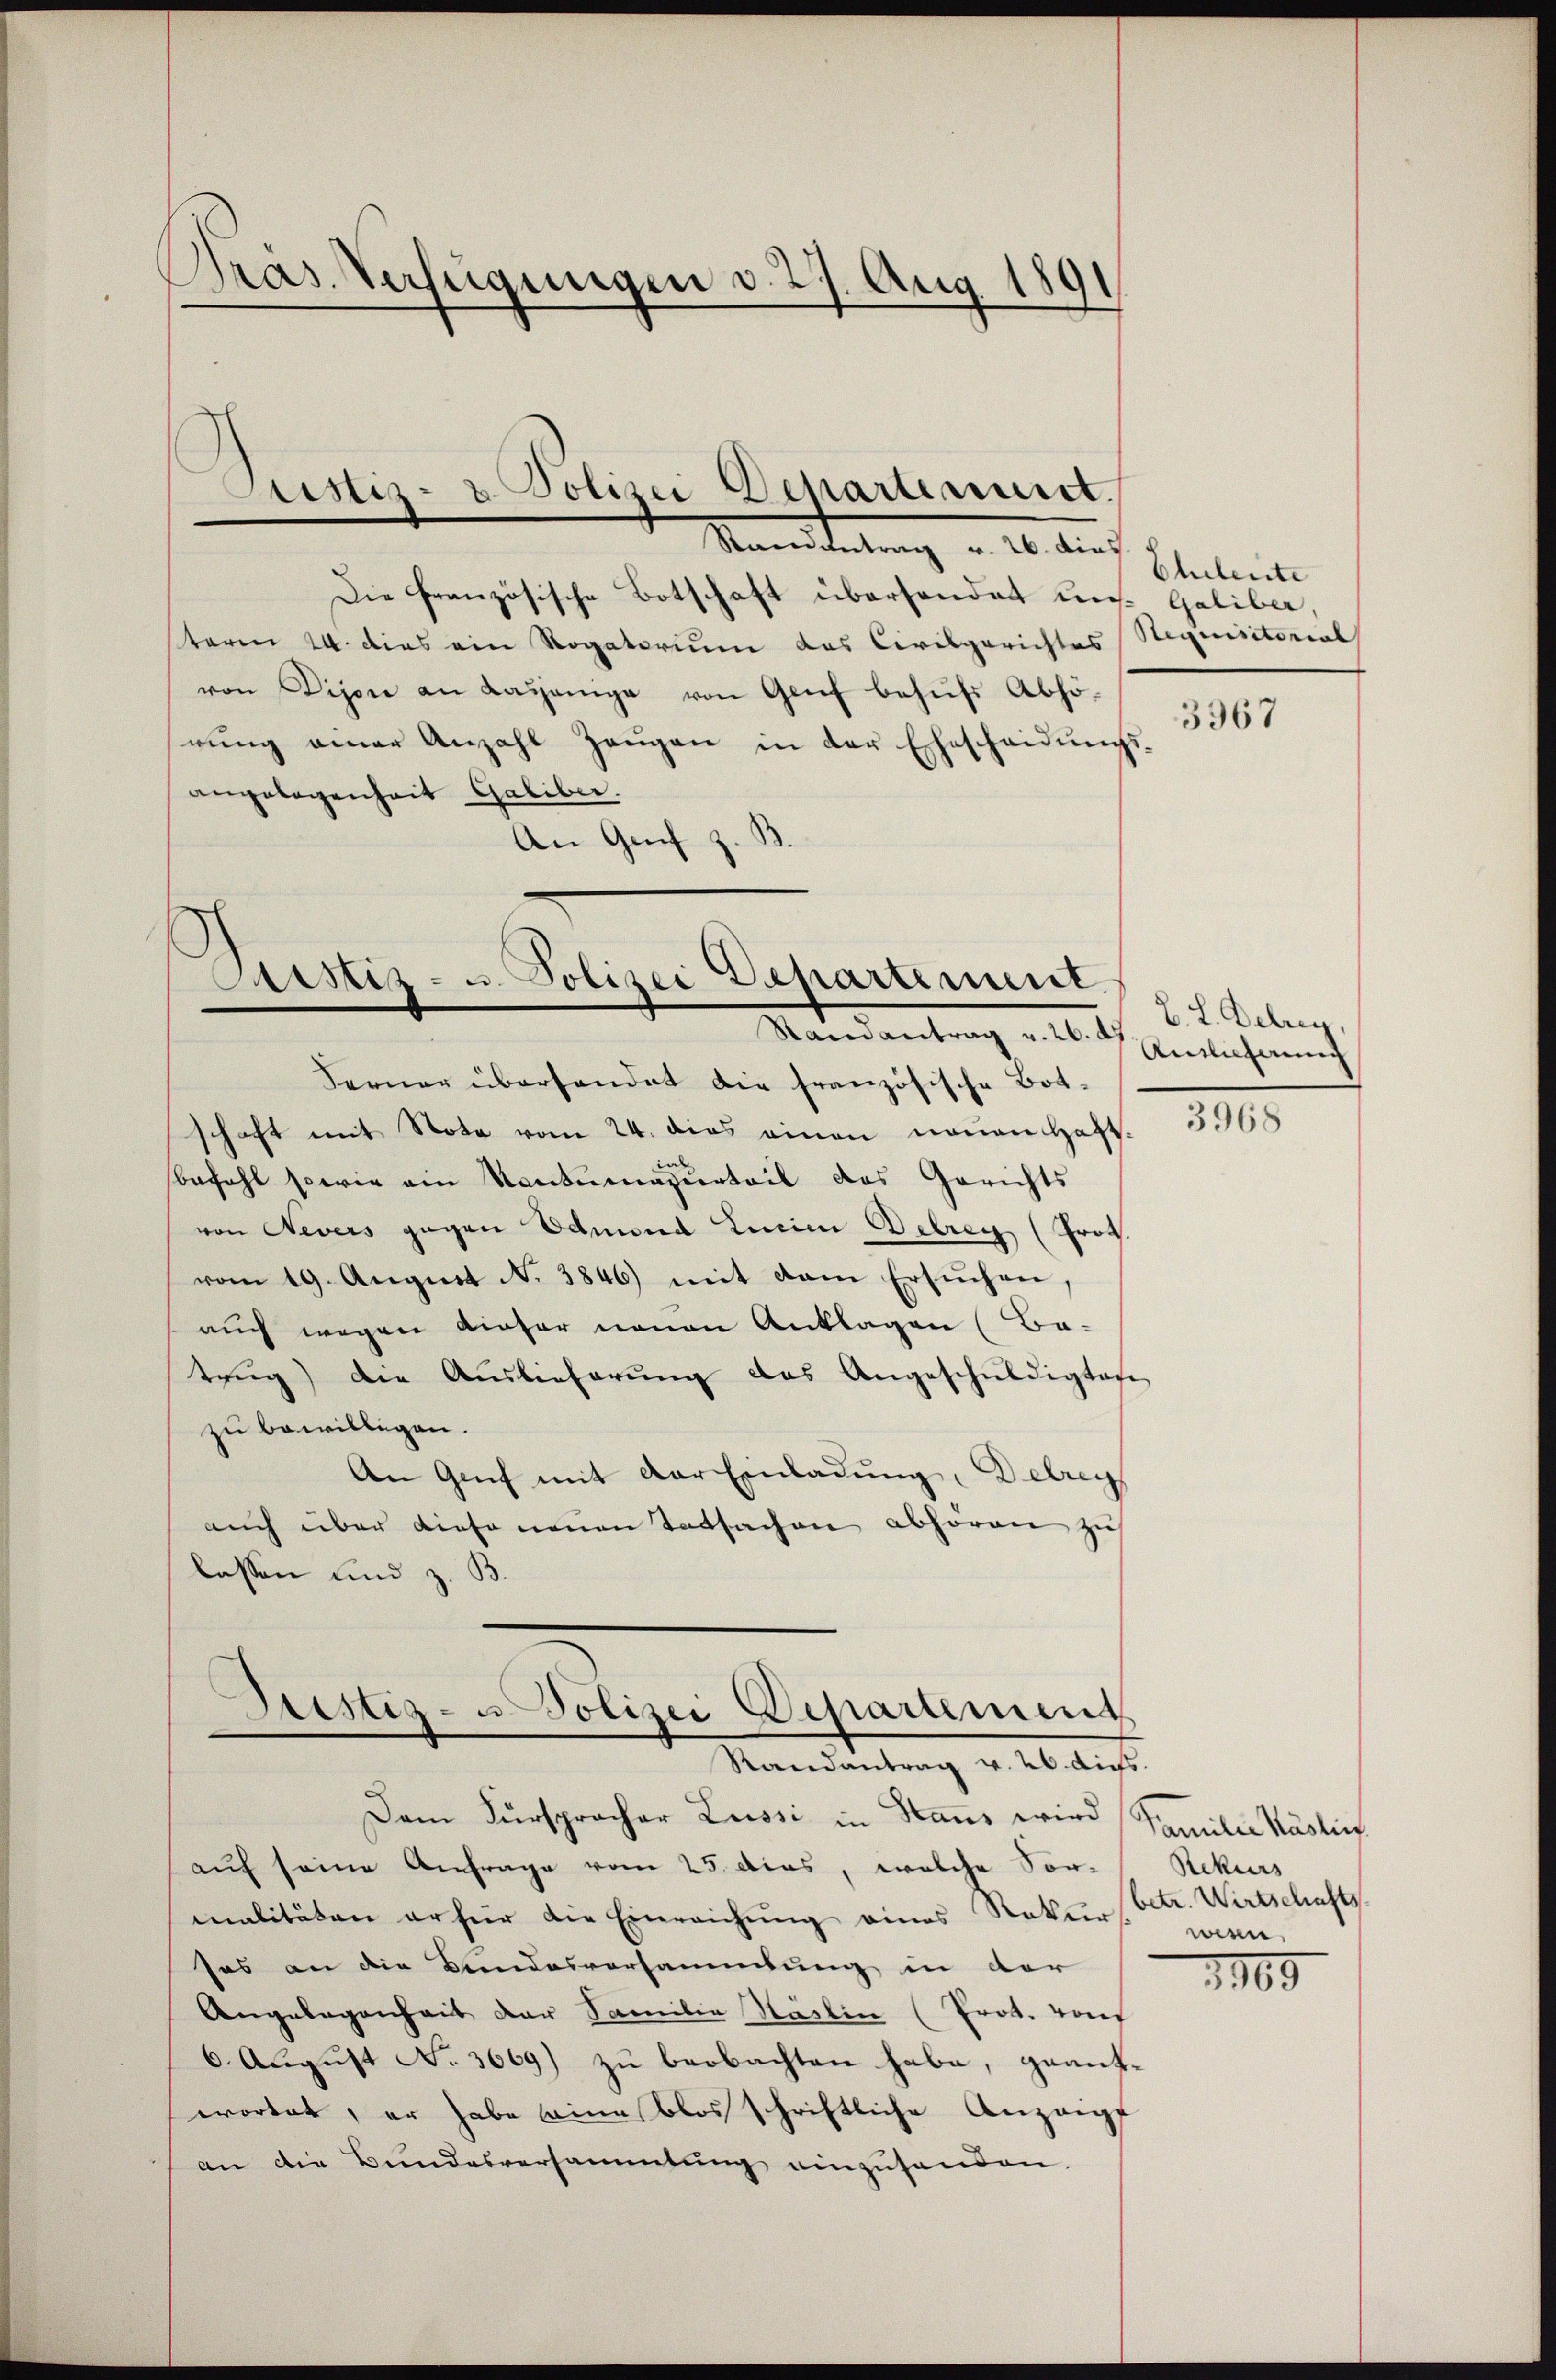
Pras Verfügungen d. 27. Aug. 1891

Die französische Botschaft überhandet un
term 24. dies ein Rogatorium das Civilgerichtes Stequisitorial
von Dijor an Lasjenige von Genf behufs Abhörŭng einer Anzahl Zeŭgen in der Ehescheidŭngs-
angelegenheit Galiber.
An Genf z. B.

Astiz- u. Polizei Departement.
Ramantrag u. 26. Auslieferung

Ferner überhandet die französische Bot-
schaft mit Note vom 24. dies einen neuen Haft-
befahl sowie ein Nantumazurteil das Gerichts
von Nevers gegen Edmund Linie Delreg (Prot.
vom 19. August N. 3846) mit dem Ersuchen,
auch wegen dieser neuen Anklagen (Ba-
trŭg) die Auslieferŭng das Angeschŭldigten
zu bewilligen.
An Genf mit der Einladung, Delreg
auch über diese neuen Tatsachen abhören zu
lassen und z. B.

tistiz- & Polizei Departement.
Standteilung u. 10. Auch

Sistiz- u. Polizei Departement
Randantrag v. 26. dies

Dem Fürsprocher Lussi in Haus wird Familie Käslin
auf seine Anfrage vom 25. dies, welche Sor-
malitäten er für die Einreichŭng eines Natur betr. Wirtschafts
sas an die Kundesversammlung in der
Angelegenheit der Familie Säslin (Prot. von
6. August No. 3669) zu beobachten habe, geantwortet, er habe eine blos schriftliche Anzeigt
an die Bundesversammlung einzusenden.

Cheleute
Galiber,

3367

L. L. Debrey,

3968

Rekurs
men.

1165